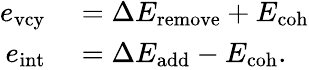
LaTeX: \begin{array}{rl}{e_{\mathrm{vcy}}}&{{}=\Delta E_{\mathrm{remove}}+E_{\mathrm{coh}}}\\ {e_{\mathrm{int}}}&{{}=\Delta E_{\mathrm{add}}-E_{\mathrm{coh}}.}\end{array}